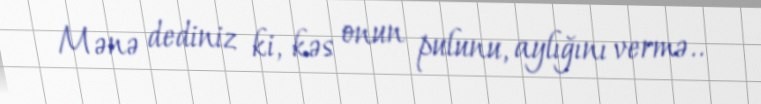
Mənə dediniz ki, kəs onun pulunu, aylığını vermə..